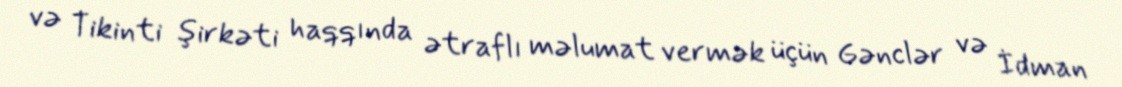
və Tikinti şirkəti haqqında ətraflı məlumat vermək üçün Gənclər və İdman